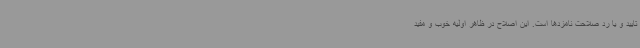
تایید و یا رد صلاحت نامزدها است. این اصلاح در ظاهر اولیه خوب و مفید